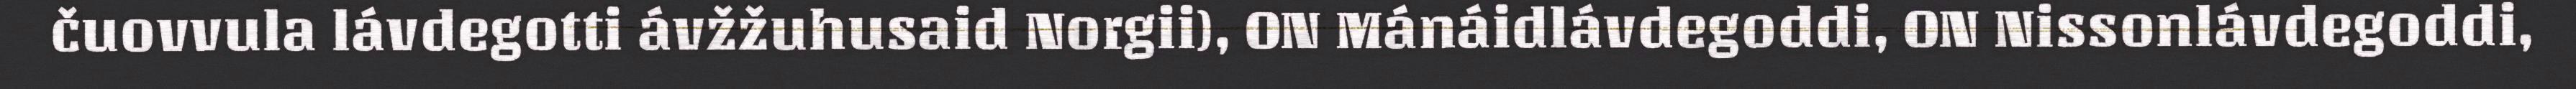
čuovvula lávdegotti ávžžuhusaid Norgii), ON Mánáidlávdegoddi, ON Nissonlávdegoddi,